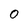
Character: O